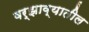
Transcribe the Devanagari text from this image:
वर्झाव्यातील